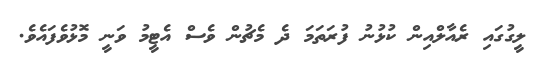
ލީގުގައި ރެއާލްއިން ކުޅުނު ފުރަތަމަ ދެ މެޗުން ވެސް އެޓީމު ވަނީ މޮޅުވެފައެވެ.